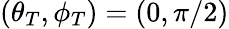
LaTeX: (\theta_{T},\phi_{T})=(0,\pi/2)